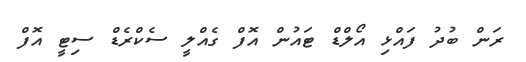
ރަން ބުދު ފައްޅި އޯލްޑް ޓައުން އޮފް ގެއްލީ ސެކްރެޑް ސިޓީ އޮފް